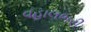
વહાલભરી